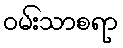
ဝမ်းသာစရာ